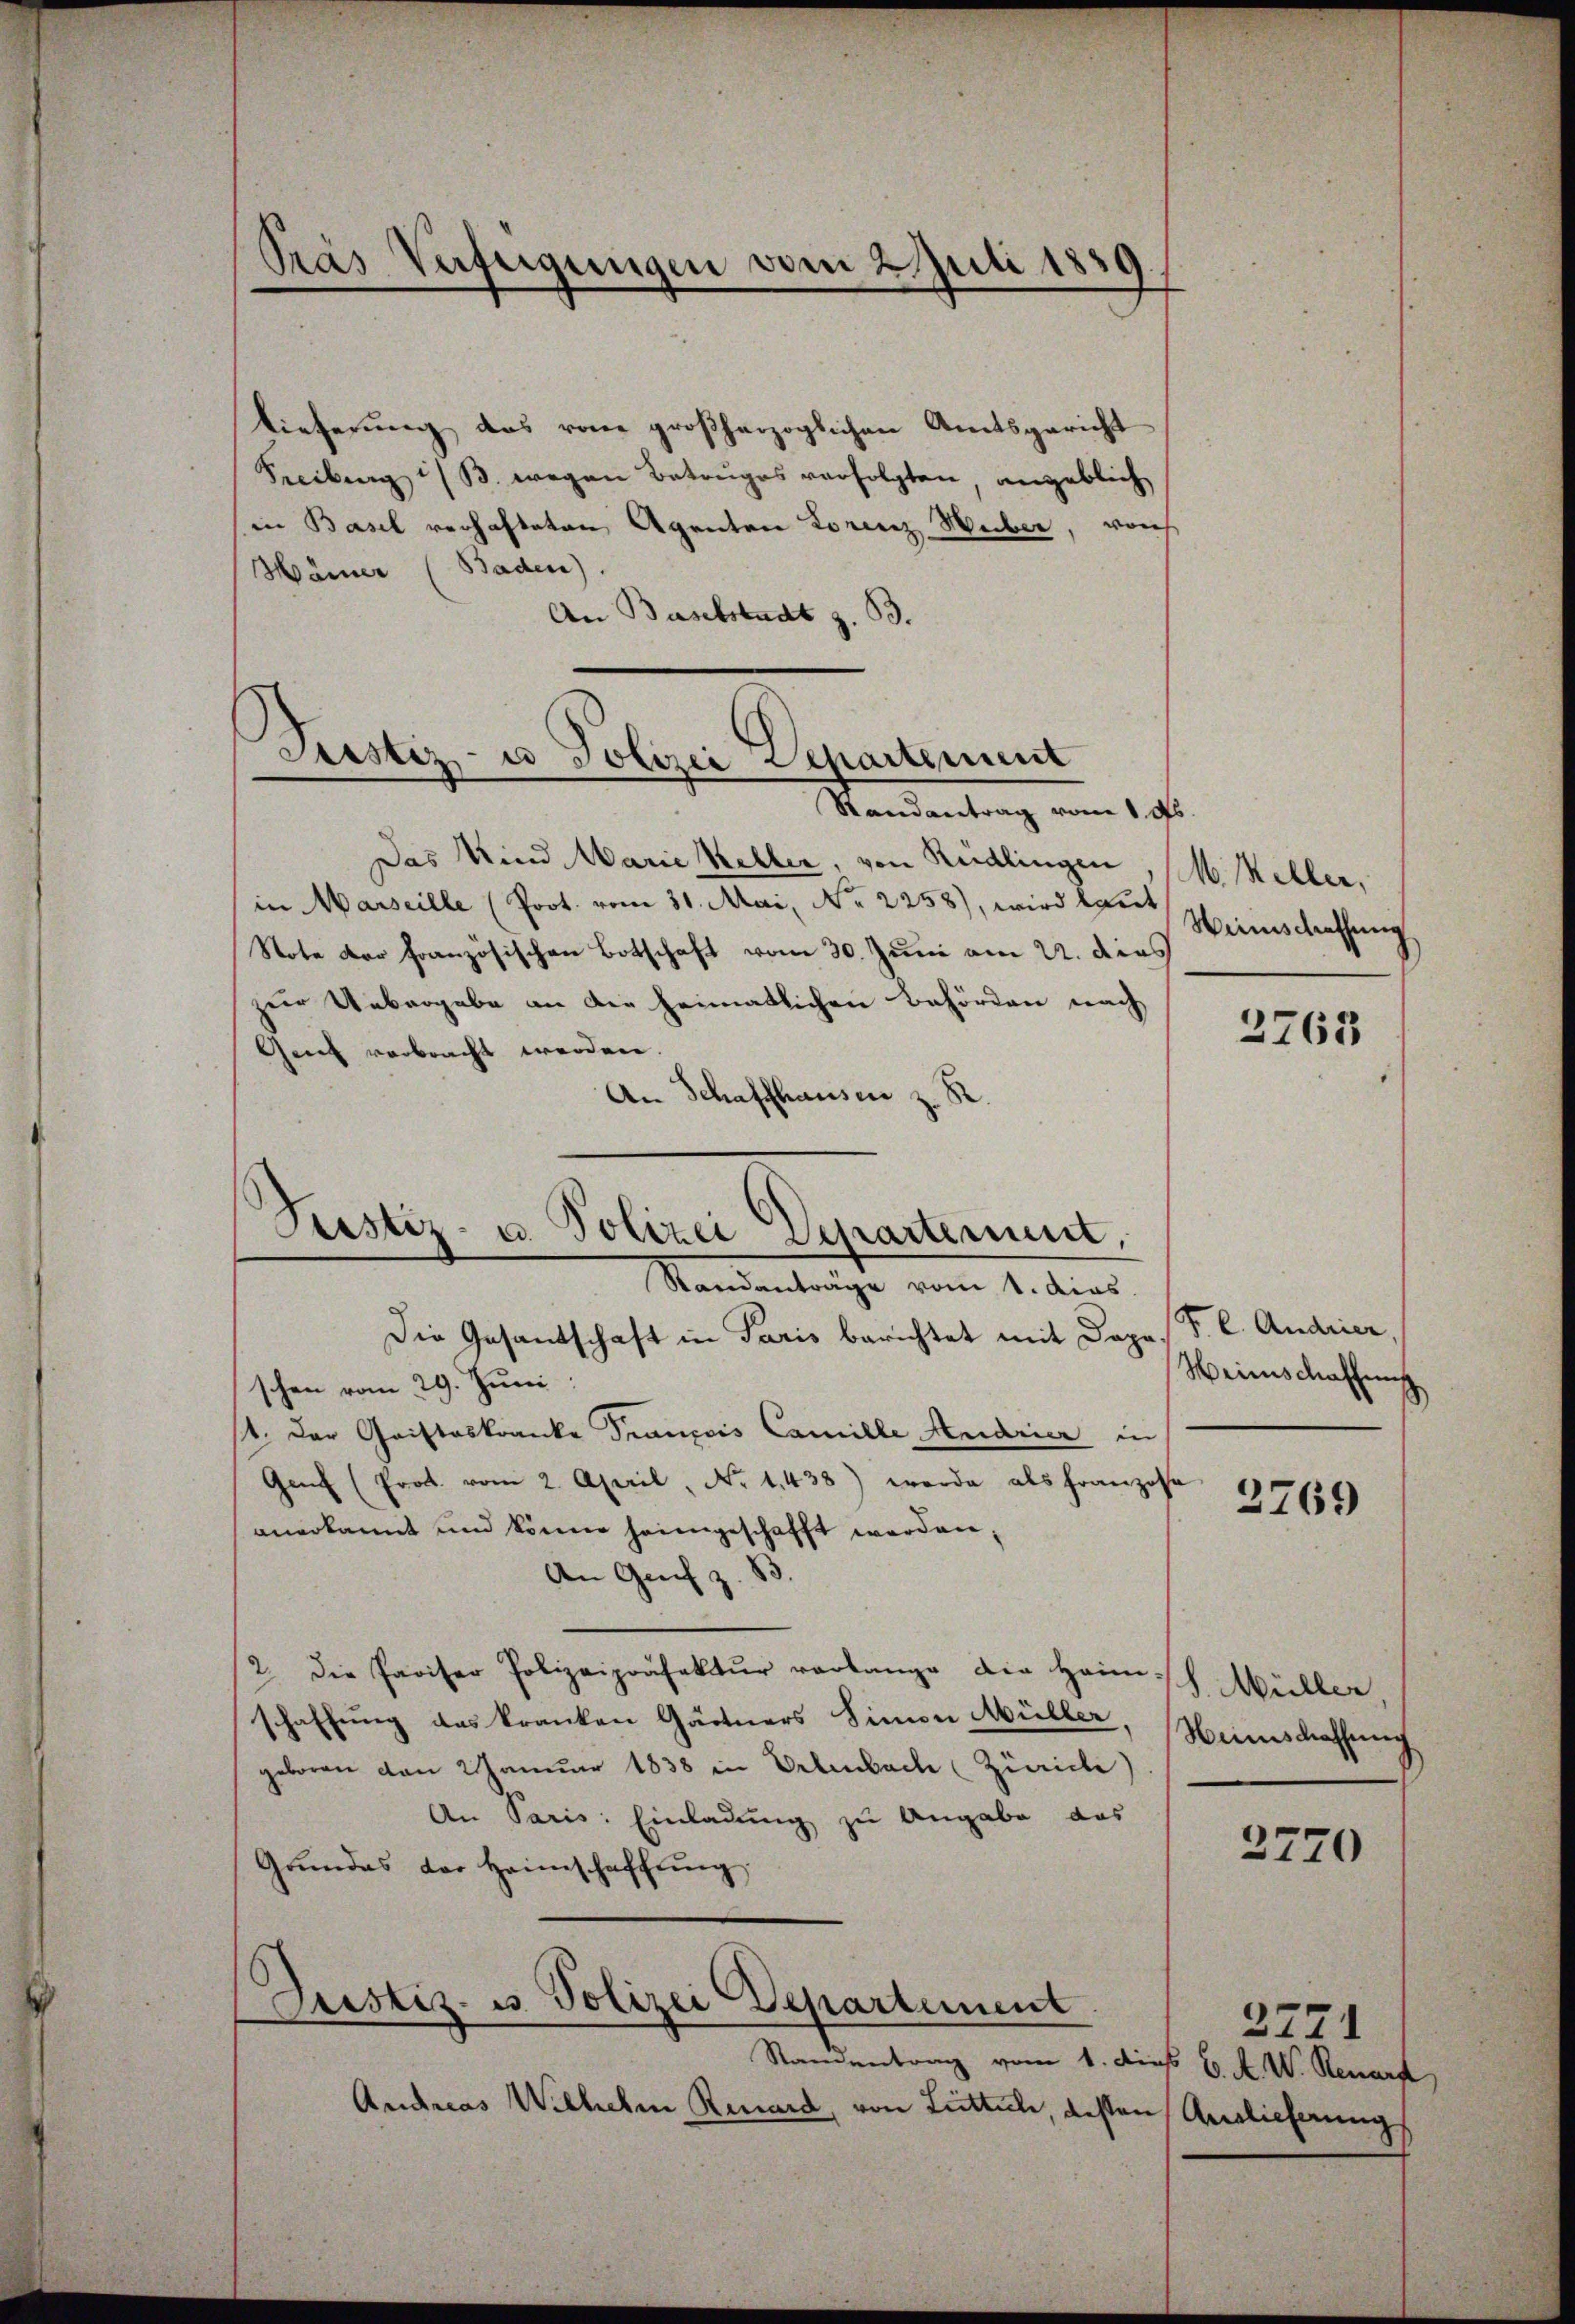
Pras Verfügungen vom 2. Juli 1859.

lieferung das von großherzoglichen Amtsgericht
Freibung i/B. wegen Betruges verfolgten angeblich
in Basel verhafteten Agenten Lorenz Weiber, vorh
Hainer (Baden).
An Baselstadt z. B.

Justiz- u Polizei Departement
Randantrag vom 1. ds.

Das Kind Warie Keller, von Rüdlingen
in Marseille (Prot. vom 31. Mai, No 2258), wird laut
Note der französischen Botschaft vom 30. Juni am 22. dies
zur Uebergabe an die heimatlichen Behörden nach
Gent verbracht werden.
An Schaffhausen z. R.
Die Gesandschaft in Paris berichtet mit Dope, S. l. Andrier,
schen vom 29. Juni
st. Der Cristeskranke Prançois Camille Heidrier in
Genf (Prot. vom 2. April, No 1438) werde als franzose
anerkannt und könne heimgeschafft werden,
An Grif z. B.
2. die Pariser Polizeipräfektŭr verlange die Heim h. Müller
schaffung des kranken Gärtners Simon Müller, Weinschaffung
geboren von 2 Januar 1838 in Erlenbach (Zürich
An Paris: Einladung zu Angabe das
Grŭndes der Heimschaffŭng
Justiz- u. Polizei Departement
Standentrag vom 1. dies C. A. W. Renard
Andreas Wilhelm Renard, von Littel, dessen Auslieferung

¬
Justiz- u. Polizei Departement.
Standanträge vom 1. dies

M. Keller,
Weinschaffung

2763

Heinschaffung

2769

2770

2771